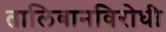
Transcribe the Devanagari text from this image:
तालिबानविरोधी